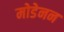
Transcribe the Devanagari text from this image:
मोडेनन